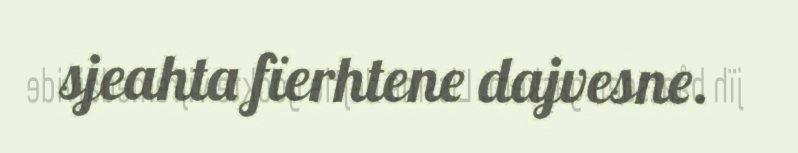
sjeahta fïerhtene dajvesne.